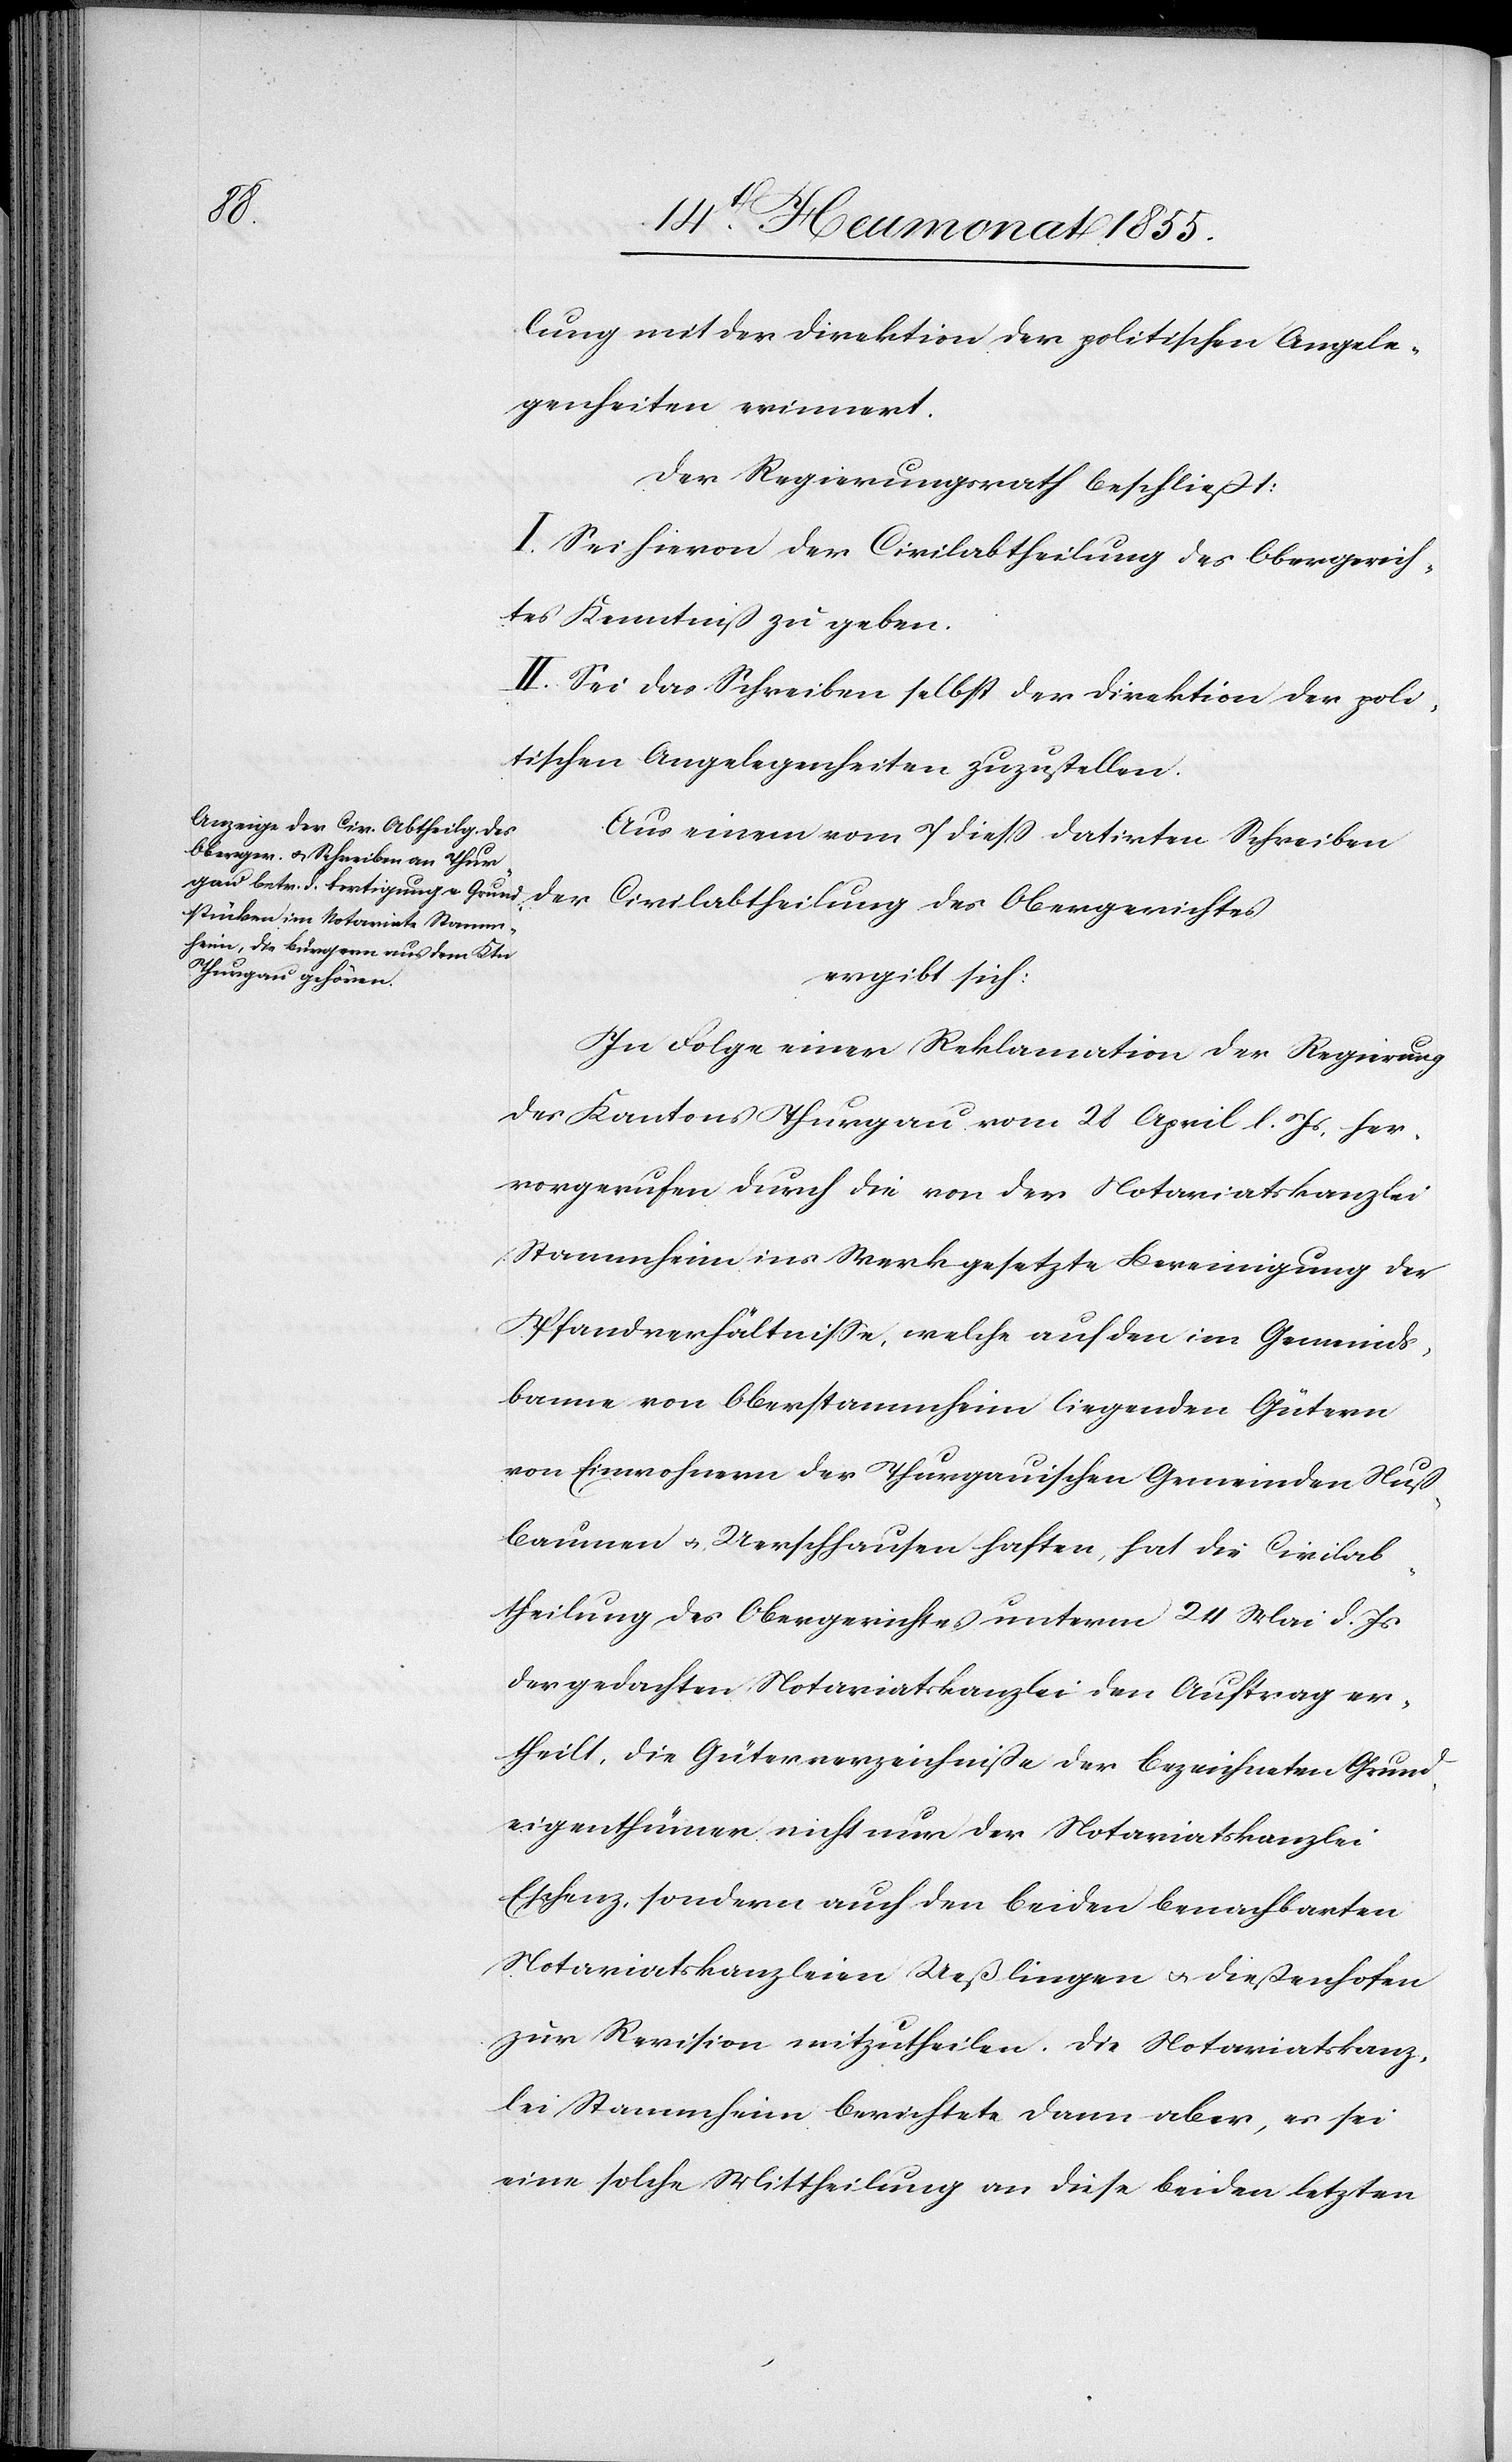
lung mit der Direktion der politischen Angele¬
genheiten erinnert.
Der Regierungsrath beschließt:
I. Sei hievon der Civilabtheilung des Obergerich¬
tes Kenntniß zu geben.
II. Sei das Schreiben selbst der Direktion der poli¬
tischen Angelegenheiten zuzustellen.
Aus einem vom 7 diess datirten Schreiben
ergibt sich:
In Folge einer Reklamation der Regierung
des Kantons Thurgau vom 28 April l. Js, her¬
vorgerufen durch die von der Notariatskanzlei
Stammheim ins Werk gesetzte Bereinigung der
Pfandverhältnisse, welche auf den im Gemeinds¬
banne von Oberstammheim liegenden Gütern
von Einwohnern der Thurgauischen Gemeinden Nuß¬
baumen & Uerschhausen haften, hat die Civilab¬
theilung des Obergerichtes unterm 24 Mai d. Js
der gedachten Notariatskanzlei den Auftrag er¬
theilt, die Güterverzeichniße der bezeichneten Grund¬
eigenthümer nicht nur der Notariatskanzlei
Eschenz, sondern auch den beiden benachbarten
Notariatskanzleien Ueßlingen & Dießenhofen
zur Revision mitzutheilen. Die Notariatskanz¬
lei Stammheim berichtete dann aber, es sei
eine solche Mittheilung an diese beiden letzten